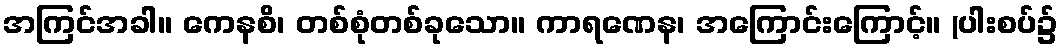
အကြင်အခါ။ ကေနစိ၊ တစ်စုံတစ်ခုသော။ ကာရဏေန၊ အကြောင်းကြောင့်။ (ပါးစပ်၌